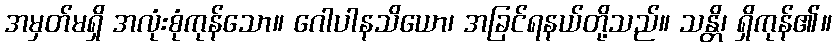
အမှတ်မရှိ အလုံးစုံကုန်သော။ ဂေါပါနသိယော၊ အခြင်ရနယ်တို့သည်။ သန္တိ၊ ရှိကုန်၏။